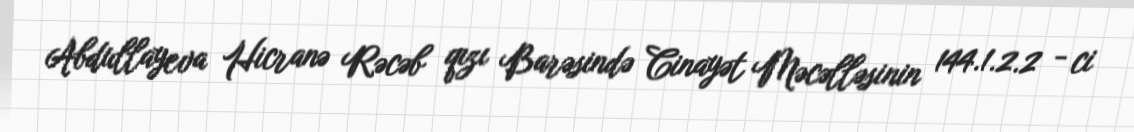
Abdullayeva Hicranə Rəcəb qızı Barəsində Cinayət Məcəlləsinin 144.1.2.2 - ci